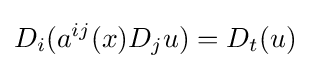
D_{i}(a^{ij}(x)D_{j}u)=D_{t}(u)